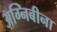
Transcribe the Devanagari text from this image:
अग्निबीना